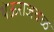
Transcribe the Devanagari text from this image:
थेऊराजवळ